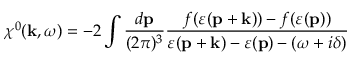
\chi ^ { 0 } ( \mathbf { k } , \omega ) = - 2 \int \frac { d \mathbf { p } } { ( 2 \pi ) ^ { 3 } } \frac { f ( \varepsilon ( \mathbf { p } + \mathbf { k } ) ) - f ( \varepsilon ( \mathbf { p } ) ) } { \varepsilon ( \mathbf { p } + \mathbf { k } ) - \varepsilon ( \mathbf { p } ) - ( \omega + i \delta ) }